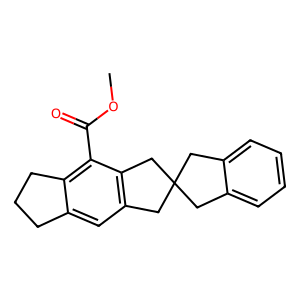
SMILES: COC(=O)c1c2c(cc3c1CC1(Cc4ccccc4C1)C3)CCC2
Inhibits HIV replication: No